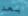
بعد